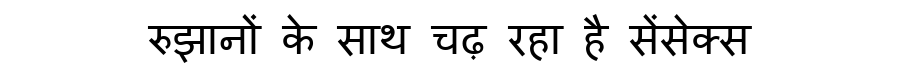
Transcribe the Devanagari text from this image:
रुझानों के साथ चढ़ रहा है सेंसेक्स